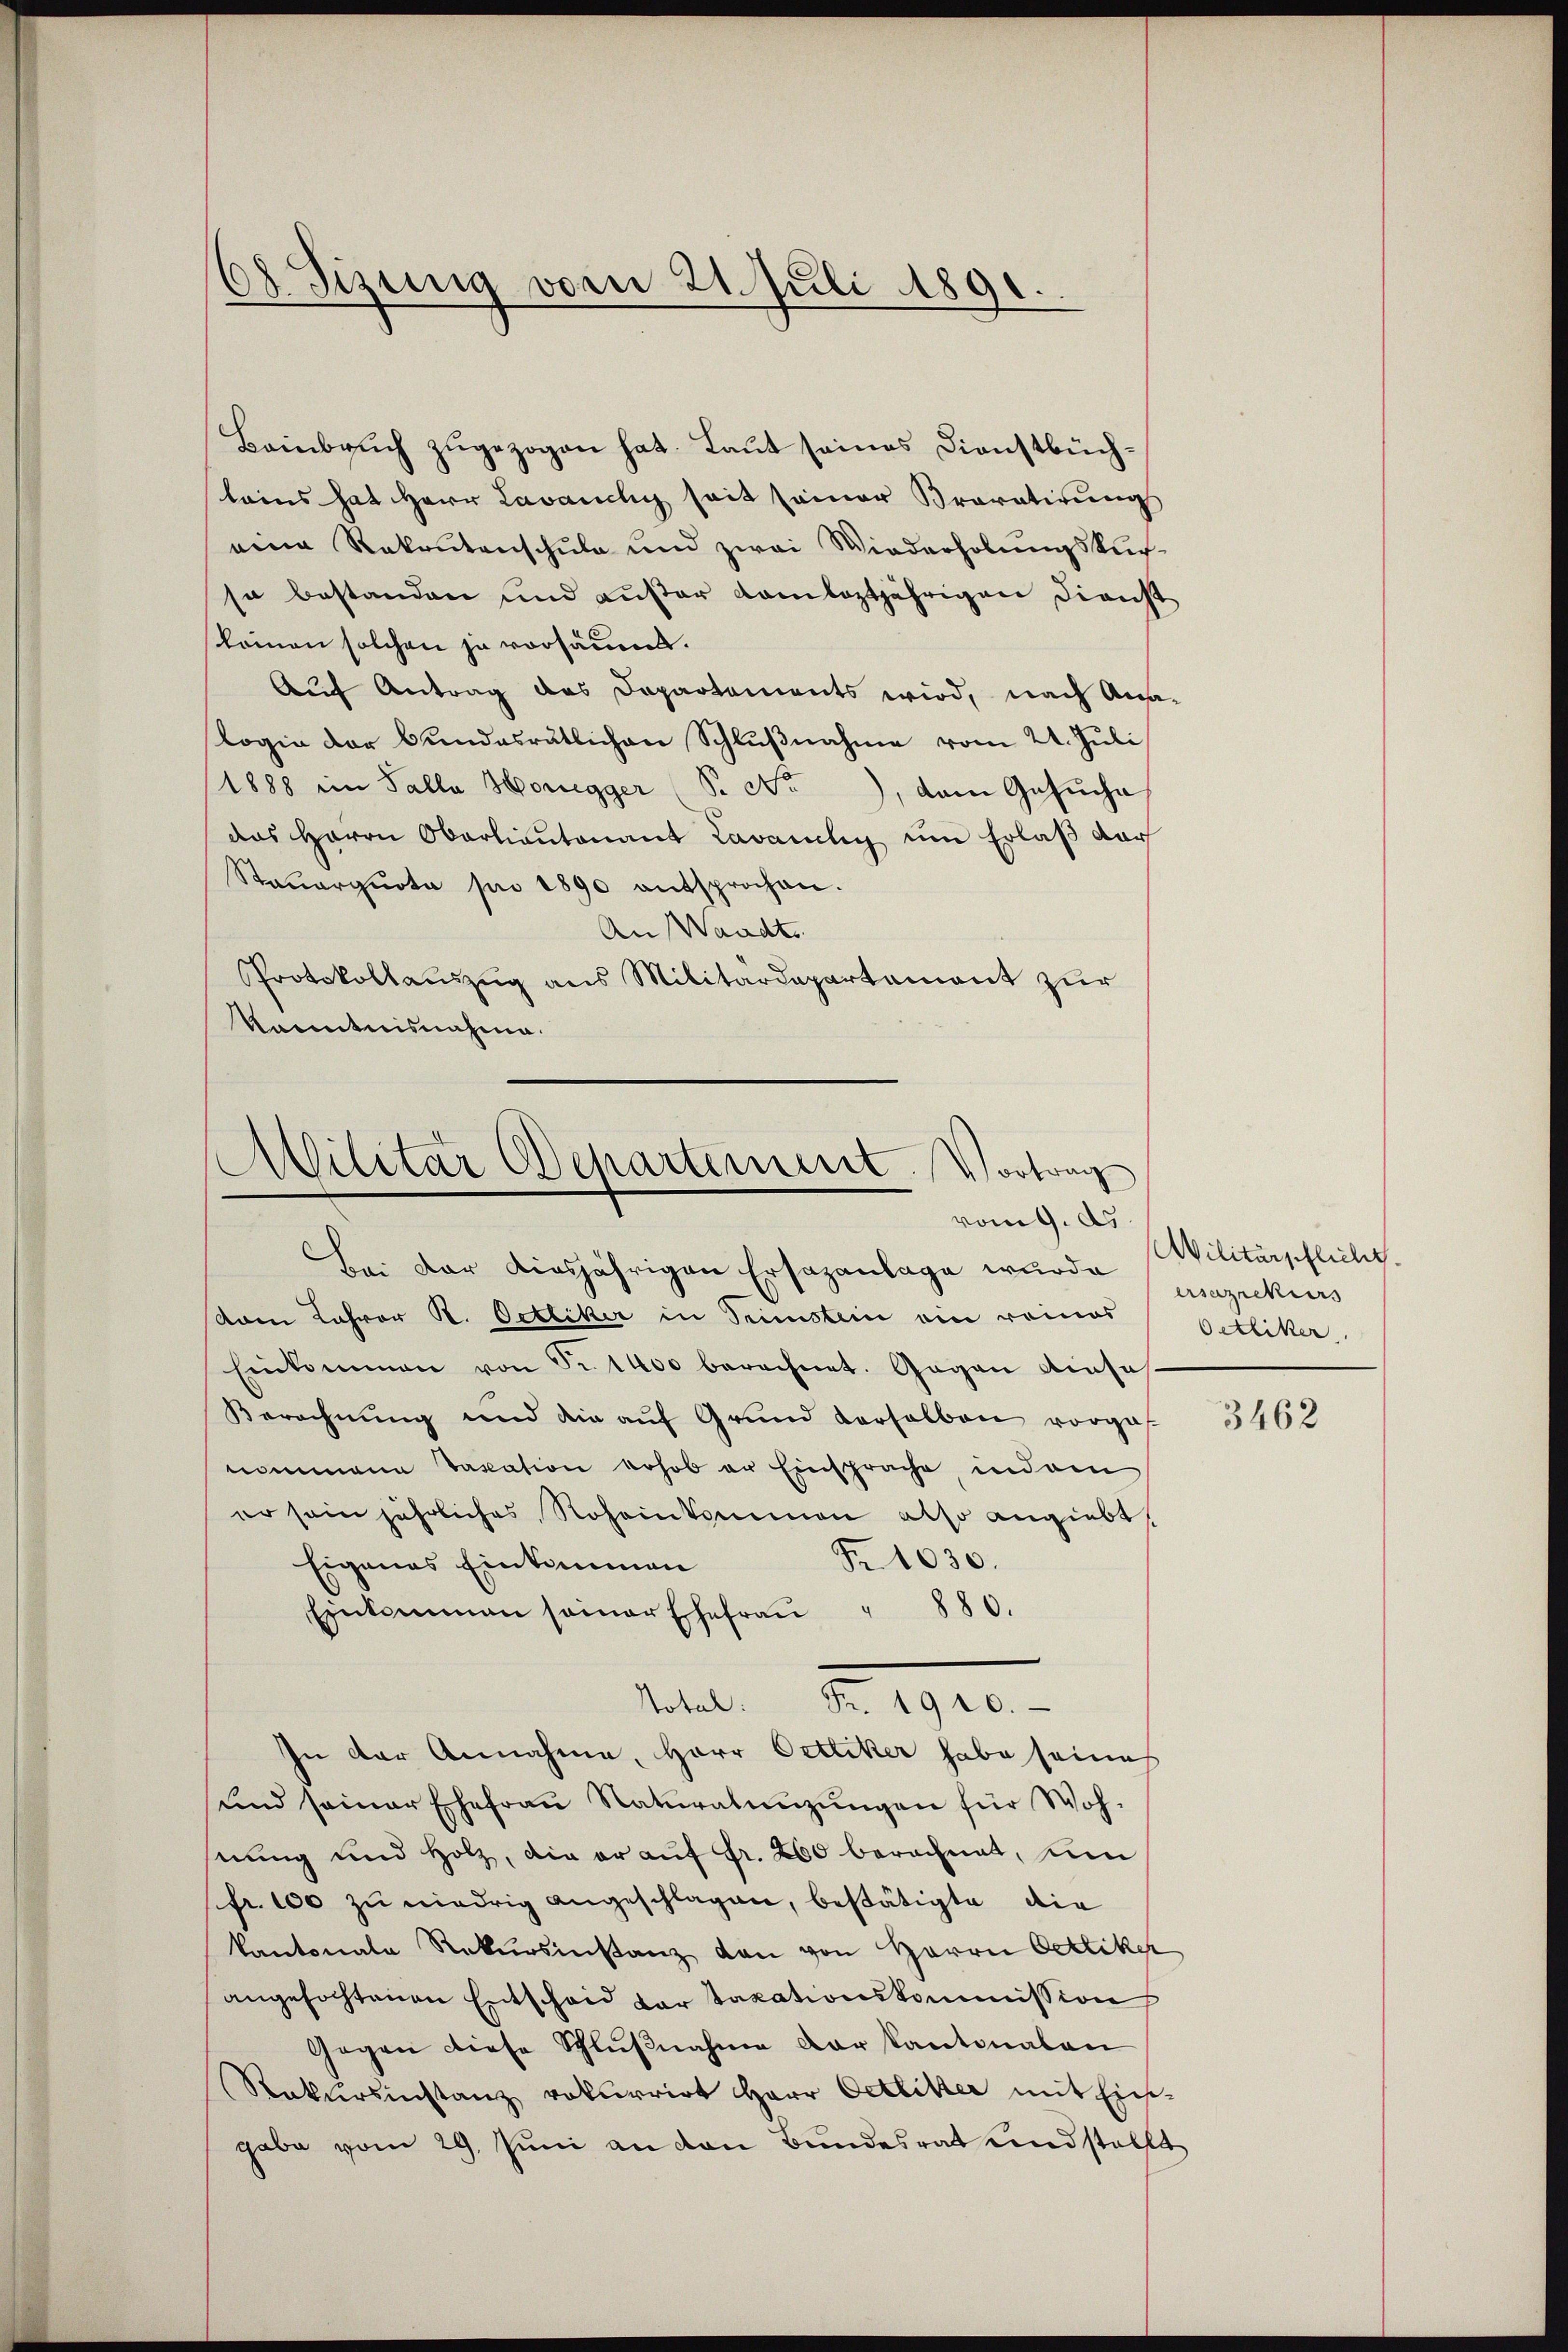
.
Sizung vom 21. Juli 1891.

Bainbruch zugezogen hat. Laut seines Dienstbüchleins hat Herr Lavamchy seit seiner Bravatirung
eine Rekrutenschule und zwei Wiederholŭngskur-
so bestanden und außer Kamleztjährigen Direcht
kommen solchen ja vorsäumt.
Auf Antrag des Departements wird, nach Ana-
logie der Bundesrätlichen Schlŭβnahme vom 21. Juli
1888 im Falle Honegger (S. No. dem Gesŭche
das Herrn Oberlieutenant Lavamlig um Erlaβ der
Staŭarquota pii 1890 entsprochen.
An Waadt.
Protokollauszug aus Militärdepartement zur
kanntnisnahme.

Militär Departement. Vortrag
vom 9. ds
Bei der diesjährigen Ersazanlage wurde (Wilitärschlicht.

vam Lehrer K. Oettiker in Sunstein ein reines
Einkommen von Fr. 1400 berechnet. Gegen einsas¬
Berechnung und die auf Grund derselben vorgef
nommene Taxation vohob er Einsprache, indem
er sein jährliches Roheinkommen also angiebt,
Fr. 1030.
Eigenes Einkommen
Einkommen seiner Ehefraŭ " 880.
In der Annahme, Herr Ottiker habe seine
und seiner Ehefraŭ Naturalengŭngen für Woh-
hnung und Holz, die er auf Fr. 260 berechnet, um
fr. 100 zu niedrig angeschlagen, bestätigte die
kantonale Rekursinstanz den von Herrn Oetiker
angefochtenen Entscheid vor Taxationskommission
Gegen diese Schlußnahme der Kantonalen
Rekŭrsinstanz rekurrirt Herr Oetliker mit Ein-
gabe vom 29. Juni an den Bundesrat und stellt

Notel. Fr. 1910.

ersazrekurs
Oetliker

3462